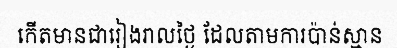
កើតមានជារៀងរាលថ្ងៃ ដែលតាមការប៉ាន់ស្មាន